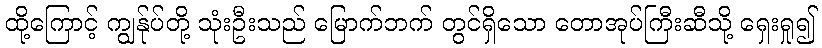
ထို့ကြောင့် ကျွန်ုပ်တို့ သုံးဦးသည် မြောက်ဘက် တွင်ရှိသော တောအုပ်ကြီးဆီသို့ ရှေးရှု၍